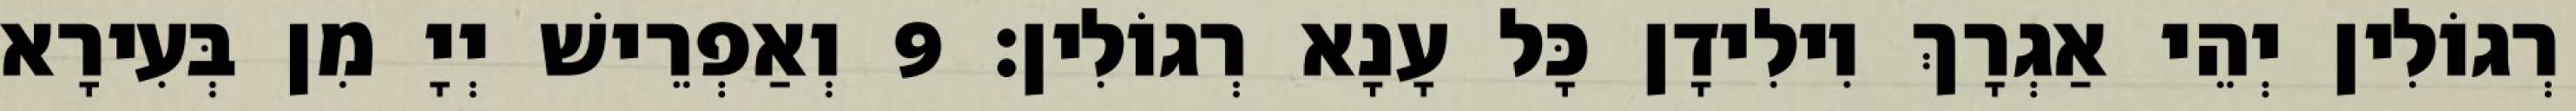
רְגוֹלִין יְהֵי אַגְרָךְ וִילִידָן כָּל עָנָא רְגוֹלִין׃ 9 וְאַפְרֵישׁ יְיָ מִן בְּעִירָא